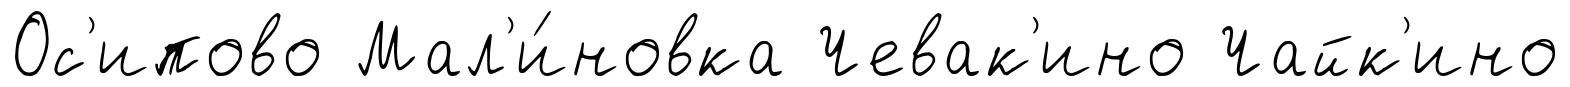
Ос'ипово Мал'и́новка Чевак'ино Чайк'ино